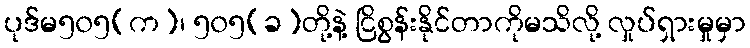
ပုဒ်မ၅၀၅(က)၊ ၅၀၅(ခ)တို့နဲ့ ငြိစွန်းနိုင်တာကိုမသိလို့ လှုပ်ရှားမှုမှာ